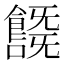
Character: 𩞞